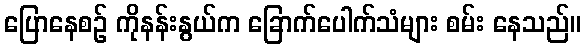
ပြောနေစဉ် ကိုနန်းနွယ်က ခြောက်ပေါက်သံများ စမ်း နေသည်။